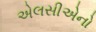
એલસીએનો